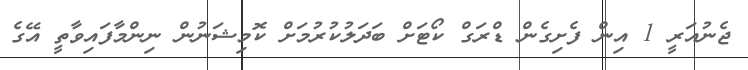
ޖެނުއަރީ 1 އިން ފެށިގެން ޑްރަގް ކޯޓަށް ބަދަލުކުރުމަށް ކޮމިޝަނުން ނިންމާފައިވާތީ އޭގެ